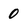
Character: 0